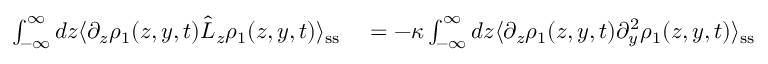
\begin{array} { r l } { \int _ { - \infty } ^ { \infty } d z \langle \partial _ { z } \rho _ { 1 } ( z , y , t ) \hat { L } _ { z } \rho _ { 1 } ( z , y , t ) \rangle _ { \mathrm { s s } } } & { { } = - \kappa \int _ { - \infty } ^ { \infty } d z \langle \partial _ { z } \rho _ { 1 } ( z , y , t ) \partial _ { y } ^ { 2 } \rho _ { 1 } ( z , y , t ) \rangle _ { \mathrm { s s } } } \end{array}